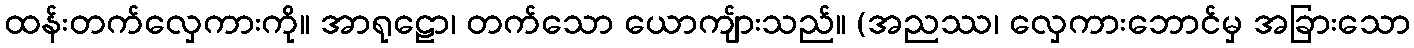
ထန်းတက်လှေကားကို။ အာရုဠော၊ တက်သော ယောကျ်ားသည်။ (အညဿ၊ လှေကားဘောင်မှ အခြားသော